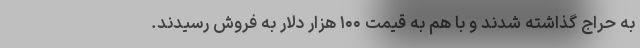
به حراج گذاشته شدند و با هم به قیمت ۱۰۰ هزار دلار به فروش رسیدند.